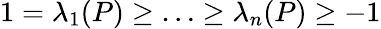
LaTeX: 1=\lambda_{1}(P)\ge\ldots\ge\lambda_{n}(P)\ge-1